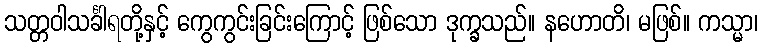
သတ္တဝါသင်္ခါရတို့နှင့် ကွေကွင်းခြင်းကြောင့် ဖြစ်သော ဒုက္ခသည်။ နဟောတိ၊ မဖြစ်။ ကသ္မာ၊